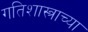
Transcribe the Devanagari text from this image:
गतिशास्त्राच्या